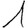
Digit: 1